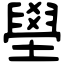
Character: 壆